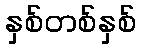
နှစ်တစ်နှစ်